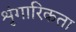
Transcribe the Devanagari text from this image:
शृंगारिकता